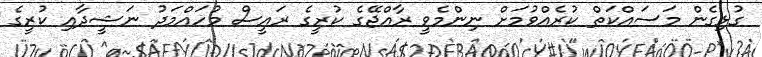
ގުޅިގެން މަސައްކަތް ކުރެއްވުމަށް ނިންމެވީ ރާއްޖޭގެ ކުރީގެ ރައީސް މުހައްމަދު ނަޝީދާއި ކުރީގެ